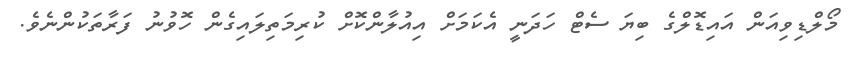
މޯލްޑިވިއަން އައިޑޮލްގެ ބިޔަ ސެޓް ހަދަނީ އެކަމަށް އިއުލާންކޮށް ކުރިމަތިލައިގެން ހޮވުނު ފަރާތަކުންނެވެ.